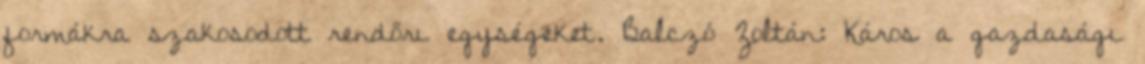
formákra szakosodott rendőri egységeket. Balczó Zoltán: Káros a gazdasági